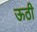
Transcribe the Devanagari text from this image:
ऊठी